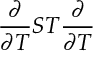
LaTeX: \frac { \partial } { \partial T } S T \frac { \partial } { \partial T }